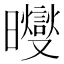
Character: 𪱓